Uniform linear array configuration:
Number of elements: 12
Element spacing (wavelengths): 0.75
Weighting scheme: binomial
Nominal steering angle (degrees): -30
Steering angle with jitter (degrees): -28.637
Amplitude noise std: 0.05
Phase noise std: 0.05

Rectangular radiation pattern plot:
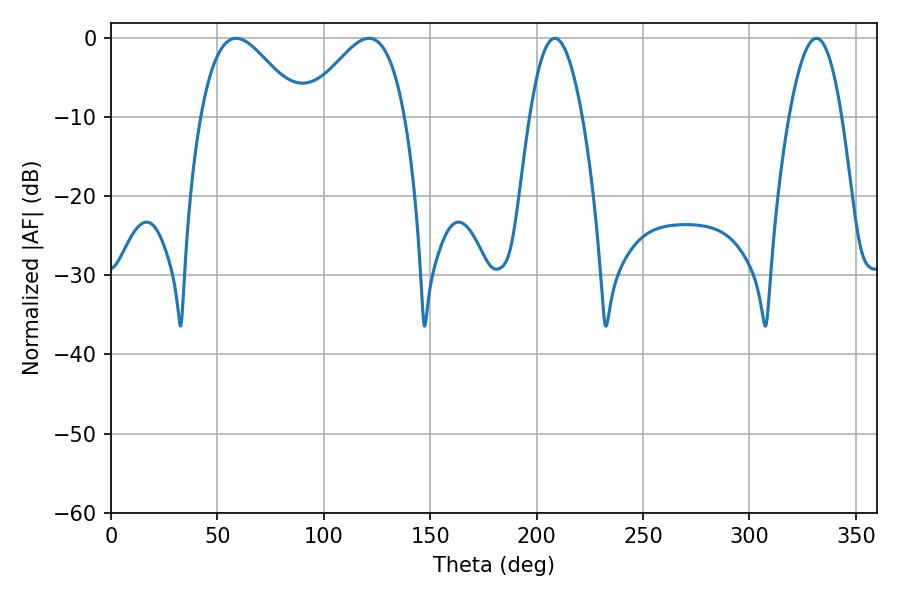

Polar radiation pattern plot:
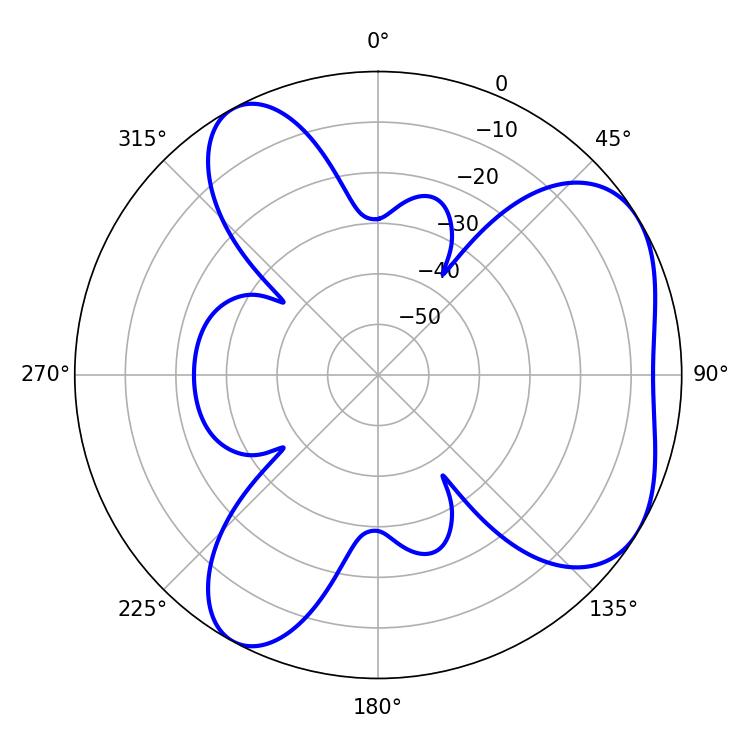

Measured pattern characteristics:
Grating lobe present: TRUE
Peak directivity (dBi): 5.214
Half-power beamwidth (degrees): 25.02
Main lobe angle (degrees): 58.86